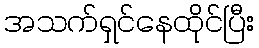
အသက်ရှင်နေထိုင်ပြီး